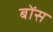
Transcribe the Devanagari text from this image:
बोंस